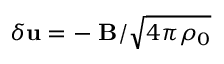
{ \delta \bf u } = - { \bf \delta B } / \sqrt { 4 \pi \rho _ { 0 } }